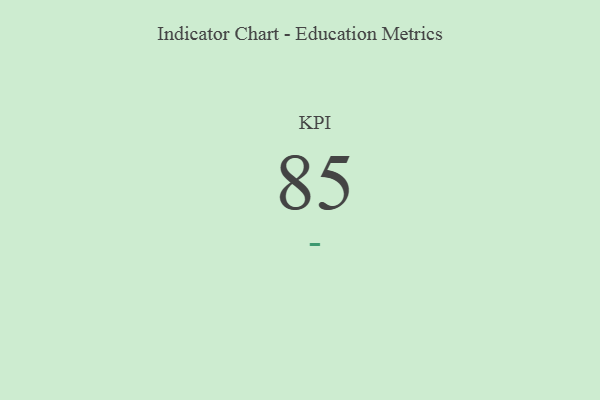
{"axis": {"x": "KPI", "y": "Value"}, "legend": [""], "data": [{"x": "KPI", "y": 85, "type": ""}]}